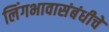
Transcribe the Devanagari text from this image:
लिंगभावासंबंधीचे